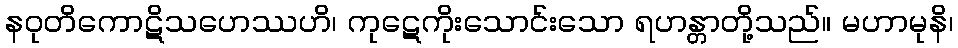
နဝုတိကောဋိသဟေဿဟိ၊ ကုဋေကိုးသောင်းသော ရဟန္တာတို့သည်။ မဟာမုနိ၊